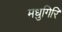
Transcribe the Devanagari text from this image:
मधुगिरि